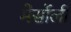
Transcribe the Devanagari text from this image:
मेर्सोली